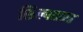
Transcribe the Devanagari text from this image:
शिल्पतन्त्र